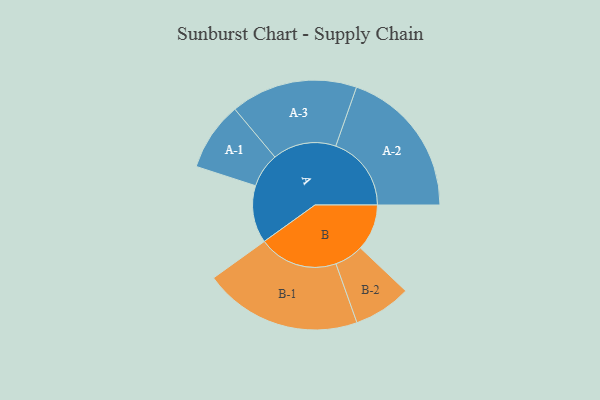
{"axis": {"x": "Segment", "y": "Value"}, "legend": ["", "A", "B"], "data": [{"x": "A", "y": 209, "type": ""}, {"x": "B", "y": 169, "type": ""}, {"x": "A-1", "y": 125, "type": "A"}, {"x": "A-2", "y": 275, "type": "A"}, {"x": "A-3", "y": 231, "type": "A"}, {"x": "B-1", "y": 288, "type": "B"}, {"x": "B-2", "y": 105, "type": "B"}]}